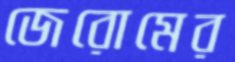
জেরোমের